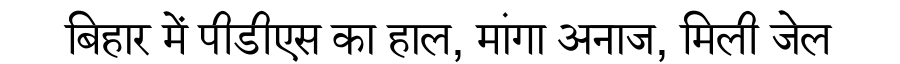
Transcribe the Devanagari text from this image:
बिहार में पीडीएस का हाल, मांगा अनाज, मिली जेल